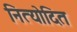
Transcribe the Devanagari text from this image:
नित्योदित